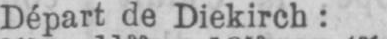
Départ de Diekirch: